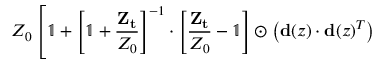
Z _ { 0 } \left[ \mathbb { 1 } + \left[ \mathbb { 1 } + \frac { \mathbf { Z _ { t } } } { Z _ { 0 } } \right] ^ { - 1 } \cdot \left[ \frac { \mathbf { Z _ { t } } } { Z _ { 0 } } - \mathbb { 1 } \right] \odot \left( \mathbf { d } ( z ) \cdot \mathbf { d } ( z ) ^ { T } \right) \right.